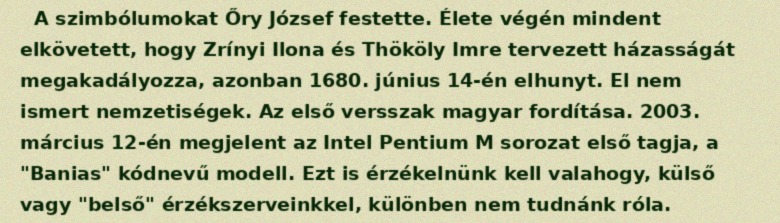
A szimbólumokat Őry József festette. Élete végén mindent elkövetett, hogy Zrínyi Ilona és Thököly Imre tervezett házasságát megakadályozza, azonban 1680. június 14-én elhunyt. El nem ismert nemzetiségek. Az első versszak magyar fordítása. 2003. március 12-én megjelent az Intel Pentium M sorozat első tagja, a "Banias" kódnevű modell. Ezt is érzékelnünk kell valahogy, külső vagy "belső" érzékszerveinkkel, különben nem tudnánk róla.